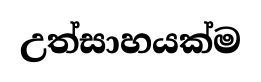
උත්සාහයක්ම